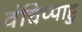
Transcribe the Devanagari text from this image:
वंचिप्पाट्टु